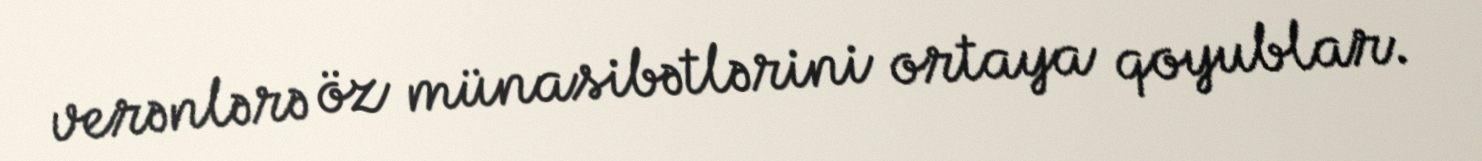
verənlərə öz münasibətlərini ortaya qoyublar.